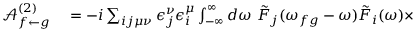
\begin{array} { r l } { \mathcal { A } _ { f \leftarrow g } ^ { ( 2 ) } } & { { } = - i \sum _ { i j \mu \nu } \epsilon _ { j } ^ { \nu } \epsilon _ { i } ^ { \mu } \int _ { - \infty } ^ { \infty } d \omega \, \, \tilde { F } _ { j } ( \omega _ { f g } - \omega ) \tilde { F } _ { i } ( \omega ) \times } \end{array}